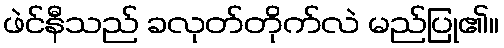
ဖဲင်နီသည် ခလုတ်တိုက်လဲ မည်ပြု၏။